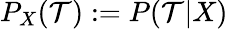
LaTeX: P_{X}({\cal T}):=P({\cal T}|X)